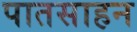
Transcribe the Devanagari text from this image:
पातसाहन